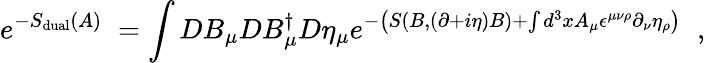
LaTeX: e^{-S_{\mathrm{dual}}(A)\; }=\int DB_{\mu}DB_{\mu}^{\dagger}D\eta_{\mu}e^{-\left(S(B,(\partial+i\eta)B)+\int d^{3}xA_{\mu}\epsilon^{\mu\nu\rho}\partial_{\nu}\eta_{\rho}\right)\; }\; ,